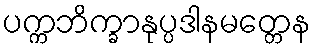
ပက္ကဘိက္ခာနုပ္ပဒါနမတ္တေန